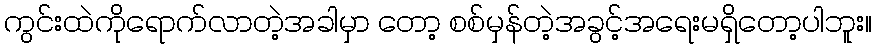
ကွင်းထဲကိုရောက်လာတဲ့အခါမှာ တော့ စစ်မှန်တဲ့အခွင့်အရေးမရှိတော့ပါဘူး။